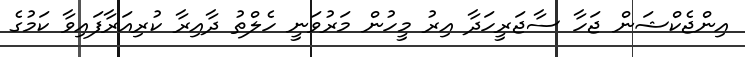
އިންޖެކްޝަން ޖަހާ ސާޖަރީހަދާ އިރު މީހުން މަރުވަނީ ހެލްތު ދާއިރާ ކުރިއަރާފައިވާ ކަމުގެ